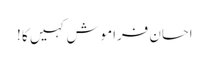
احسان فراموش کہیں کا !